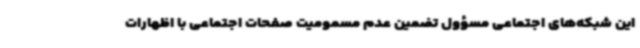
این شبکه‌های اجتماعی مسؤول تضمین عدم مسمومیت صفحات اجتماعی با اظهارات